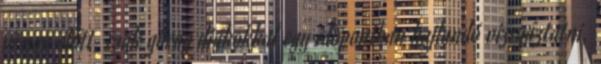
vizsga előtt, csak görög diákokkal egy időpontban hajlandó vizsgáztatni,